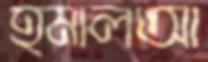
হমালআ